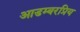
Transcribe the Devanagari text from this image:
आडम्बरप्रिय